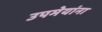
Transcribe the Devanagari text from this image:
उपमेयांना